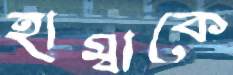
হাম্বাকে